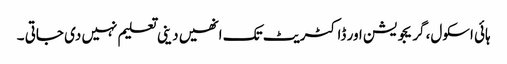
ہائی اسکول، گریجویشن اور ڈاکٹریٹ تک انھیں دینی تعلیم نہیں دی جاتی ۔